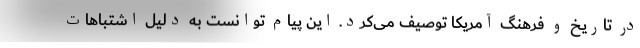
در تاریخ و فرهنگ آمریکا توصیف می‌کرد. این پیام توانست به دلیل اشتباهات